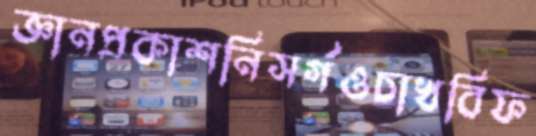
জ্ঞানপ্রকাশনিসর্গওচাখবিফ